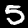
Label: 5